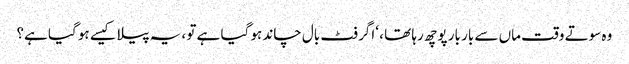
وہ سوتے وقت ماں سے بار بار پوچھ رہا تھا ، ‘اگر فٹ بال چاند ہو گیا ہے تو ، یہ پیلا کیسے ہو گیا ہے؟